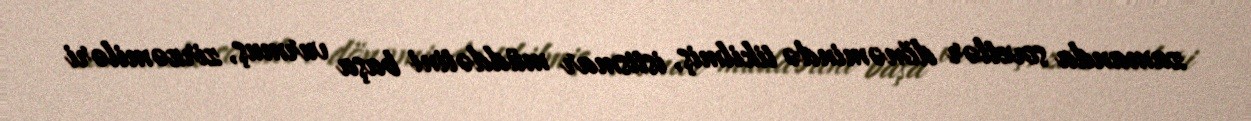
zamanda sovetlər dönəmində tikilmiş, istismar müddətini başa vurmuş, zirzəmiləri